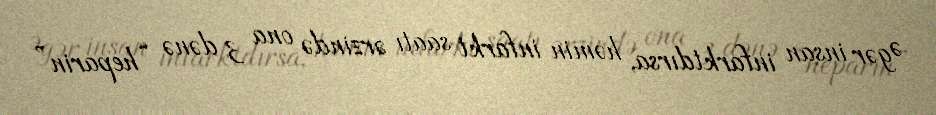
Əgər insan infarktdırsa, həmin infarkt saatı ərzində ona 3 dənə “heparin”